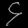
Digit: ၄